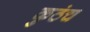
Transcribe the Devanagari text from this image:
कुठंच